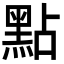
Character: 點